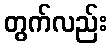
တွက်လည်း